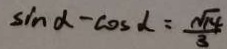
\sin \alpha - \cos d = \frac { \sqrt { 1 4 } } { 3 }